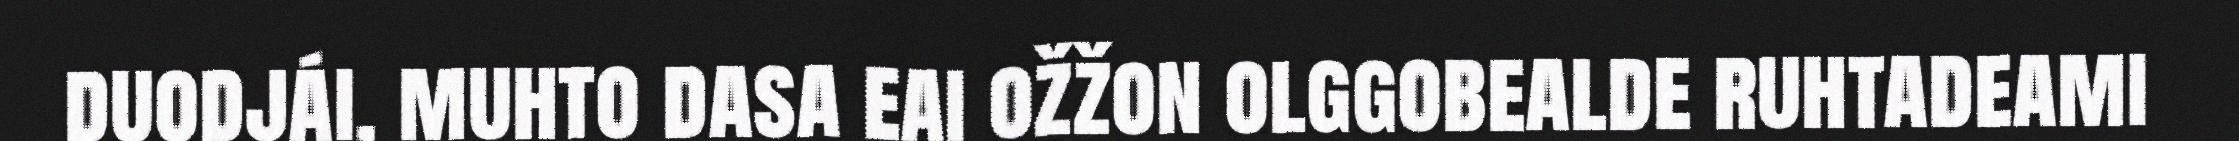
duodjái, muhto dasa eai ožžon olggobealde ruhtadeami